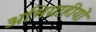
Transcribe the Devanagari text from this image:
अभिग्राहीयों